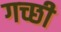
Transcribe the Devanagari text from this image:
गच्छी